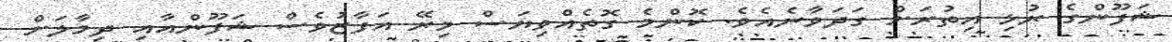
ޝަފޫންގެ ރުޅި އިތުރަށް ގަދަވާނެއެވެ. ކޮންމެ ގޮތެއްވިޔަސް މިރޭ އަފާޒުވެސް ޝަފޫންއާއި ދިމާލަށް